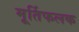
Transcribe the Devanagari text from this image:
मूर्तिफलक